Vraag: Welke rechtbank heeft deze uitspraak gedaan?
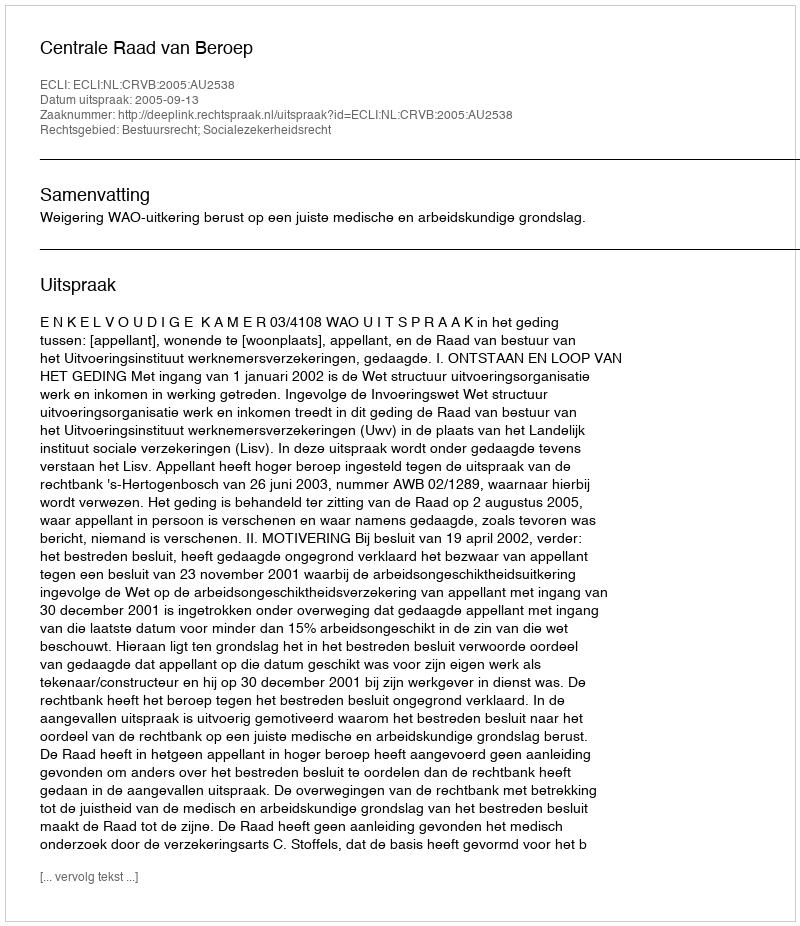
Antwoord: Centrale Raad van Beroep